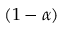
( 1 - \alpha )